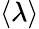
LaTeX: \left\langle\lambda\right\rangle